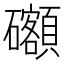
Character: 𥗳